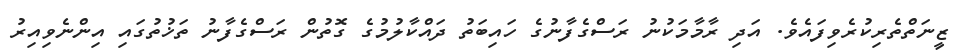
ޒީނަތްތެރިކުރެވިފައެވެ. އަދި ރާމާމަކުނު ރަސްގެފާނުގެ ހައިބަތު ދައްކާލުމުގެ ގޮތުން ރަސްގެފާނު ތަޚުތުގައި އިންނެވިއިރު